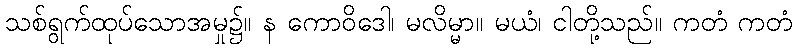
သစ်ရွက်ထုပ်သောအမှု၌။ န ကောဝိဒေါ၊ မလိမ္မာ။ မယံ၊ ငါတို့သည်။ ကတံ ကတံ